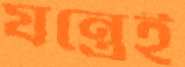
যন্ত্রেই